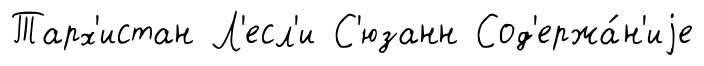
Тарх'истан Л'есл'и С'юзанн Сод'ержа́н'иjе